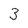
Character: 3